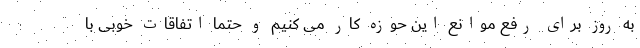
به روز برای رفع موانع این حوزه کار می کنیم و حتما اتفاقات خوبی با